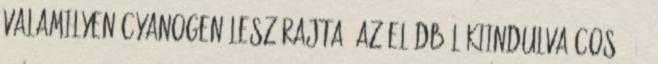
valamilyen cyanogen lesz rajta. Az elődből kiindulva COS. #12